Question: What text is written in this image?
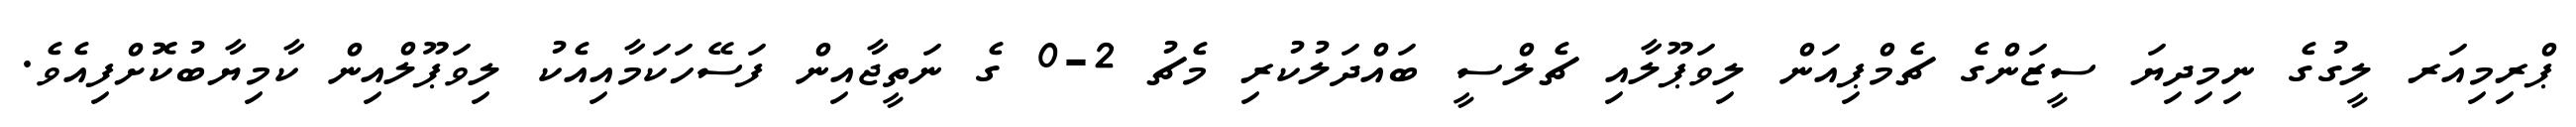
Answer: ޕްރިމިއަރ ލީގުގެ ނިމިދިޔަ ސީޒަންގެ ޗެމްޕިއަން ލިވަޕޫލާއި ޗެލްސީ ބައްދަލުކުރި މެޗު 2-0 ގެ ނަތީޖާއިން ފަސޭހަކަމާއިއެކު ލިވަޕޫލްއިން ކާމިޔާބުކޮށްފިއެވެ.